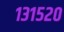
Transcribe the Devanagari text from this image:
१३१५२०